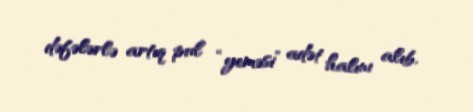
dəfələrlə artıq pul “yeməsi” adət halını alıb.